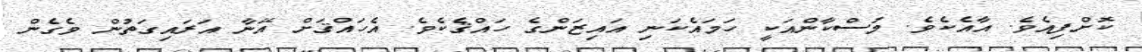
ކޮށްފިއެވެ. އާއެކެވެ. މުސްކާންއަކީ ހަމައެކަނި އައިޒަންގެ ހައްޤެކެވެ. އެހައްޤަށް އޭނާ އަރައިގަތުން ވެގެން